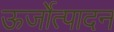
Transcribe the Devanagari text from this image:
ऊर्जोत्पादन